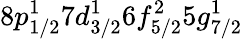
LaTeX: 8p_{1/2}^{1}7d_{3/2}^{1}6f_{5/2}^{2}5g_{7/2}^{1}